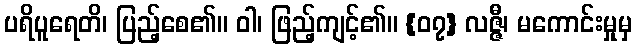
ပရိပူရေတိ၊ ပြည့်စေ၏။ ဝါ၊ ဖြည့်ကျင့်၏။ {၀၇} လဇ္ဇီ၊ မကောင်းမှုမှ